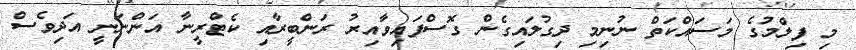
މި ފިލްމުގެ މަސައްކަތް ނުނިމި ދިގުލައިގެން ގޮސްފައިވާއިރު ރަންބީރާއި ކެޓްރީނާ އަންނަނީ އަދިވެސް